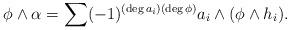
LaTeX: \begin{align*} \phi \wedge \alpha = \sum (-1)^{(\deg a_i) (\deg \phi)} a_i \wedge (\phi \wedge h_i). \end{align*}